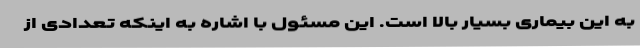
به این بیماری بسیار بالا است. این مسئول با اشاره به اینکه تعدادی از